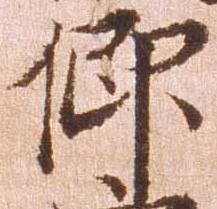
仰